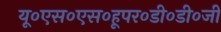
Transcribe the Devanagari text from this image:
यू०एस०एस०हूपर०डी०डी०जी